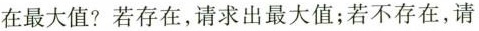
在最大值？若存在，请求出最大值；若不存在，请